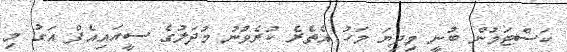
ކަސްޓަމުން ބުނީ މިދިޔަ މަހު އެތެރެ ކުރެވުނު މުދަލުގެ ސީއައިއެފް އަގު މި